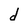
Character: d